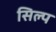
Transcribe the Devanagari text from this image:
सिल्प